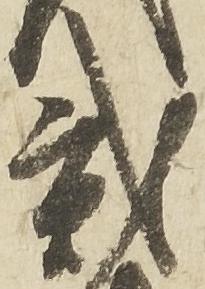
弐